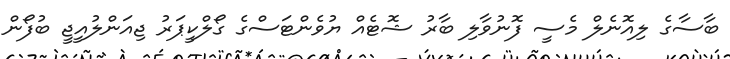
ބާސާގެ ލިއޮނެލް މެސީ ފޮނުވާލި ބާރު ޝޮޓެއް ޔުވެންޓަސްގެ ގޯލްކީޕަރު ޖިއަންލުއީޖީ ބުފޯން